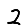
Digit: 2